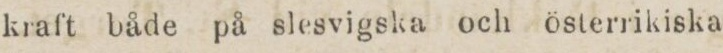
kraft både på slesvigska och österrikiska